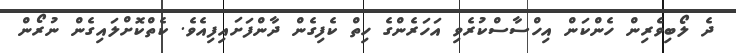
ދެ ލޯބިވެރިން ހެންކަން އިހްސާސްކުރެވި އަހަރެންގެ ހިތް ކެފިގެން ދާންފަށައިފިއެވެ. ކެތްކޮށްލައިގެން ނުރޯން